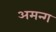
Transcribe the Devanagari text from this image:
अमन्ग